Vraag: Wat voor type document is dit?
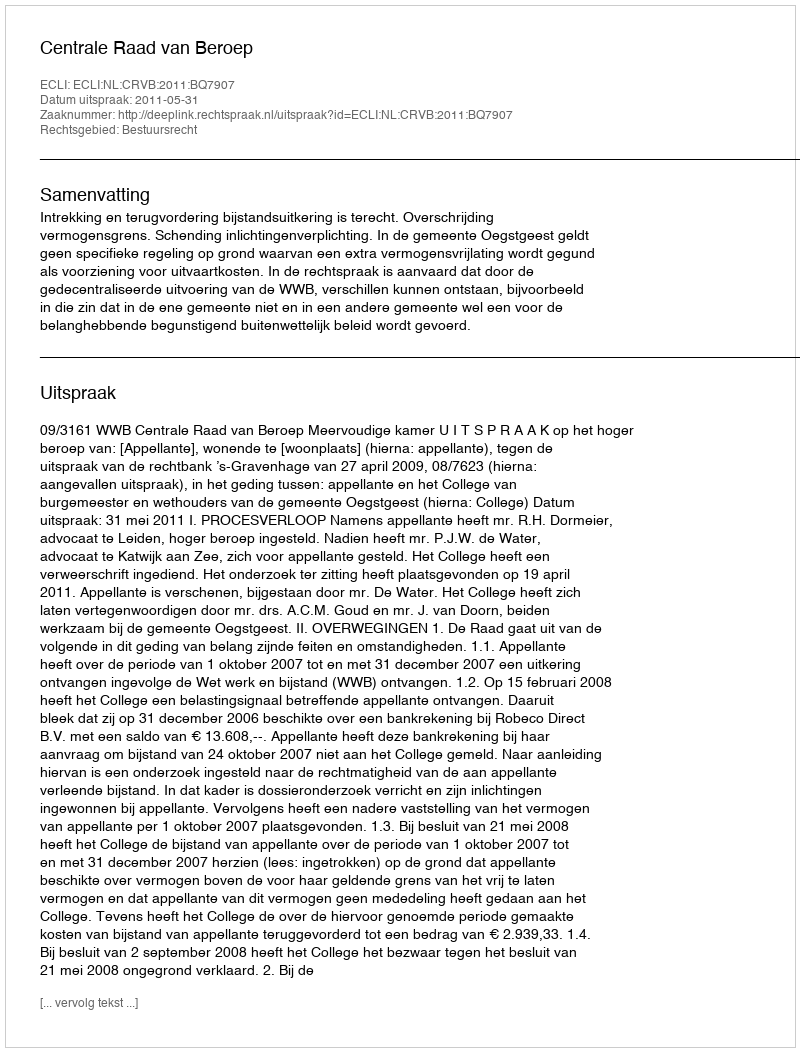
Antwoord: Uitspraak